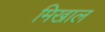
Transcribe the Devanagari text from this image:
मिखाल